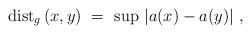
LaTeX: \begin{align*}{\rm dist}_g \left(x,y\right)\ = \ {\rm sup}\ |a(x)-a(y)| \ ,\end{align*}